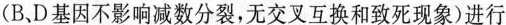
(B、D基因不影响减数分裂，无交叉互换和致死现象)进行